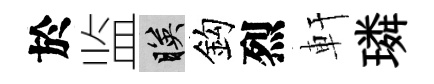
於监映鈎烈軒璘